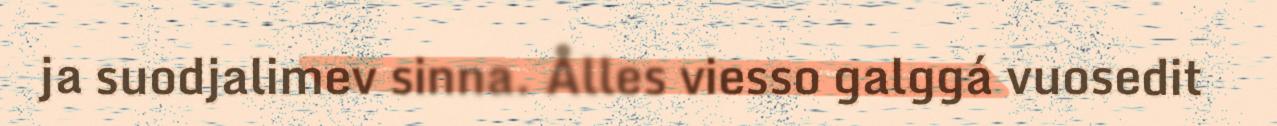
ja suodjalimev sinna. Ålles viesso galggá vuosedit